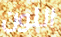
اللون